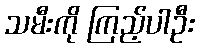
သမီးကို ကြည့်ပါဦး